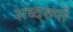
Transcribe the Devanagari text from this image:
शब्दरुपों